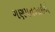
ગણપતભાઇએ